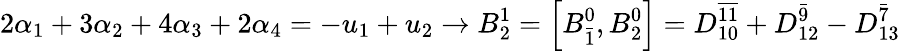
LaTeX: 2\alpha_{1}+3\alpha_{2}+4\alpha_{3}+2\alpha_{4}=-u_{1}+u_{2}\rightarrow B_{2}^{1}=\left[B_{\bar{1}}^{0},B_{2}^{0}\right]=D_{10}^{\overline{{{11}}}}+D_{12}^{\bar{9}}-D_{13}^{\bar{7}}